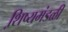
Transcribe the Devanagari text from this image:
शि़ष्यमंडळी